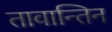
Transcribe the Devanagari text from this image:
तावान्तिन